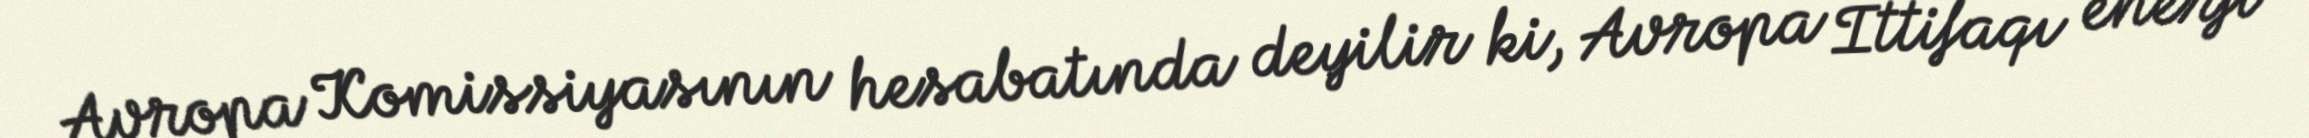
Avropa Komissiyasının hesabatında deyilir ki, Avropa İttifaqı enerji